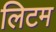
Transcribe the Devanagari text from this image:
लिटम